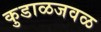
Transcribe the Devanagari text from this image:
कुडाळजवळ